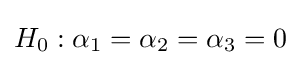
H_{0}:\alpha _{1}=\alpha _{2}=\alpha _{3}=0